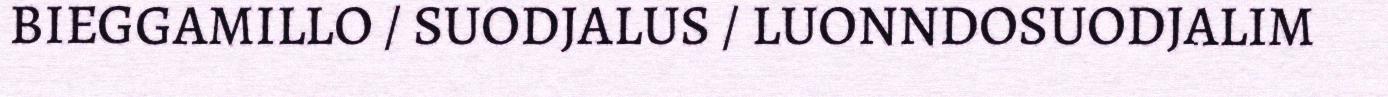
BIEGGAMILLO / SUODJALUS / LUONNDOSUODJALIM